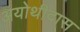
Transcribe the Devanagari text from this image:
अयोथीदास